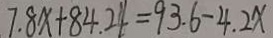
7 . 8 x + 8 4 . 2 4 = 9 3 . 6 - 4 . 2 x